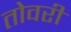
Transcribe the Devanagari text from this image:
तोवरी